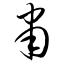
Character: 肃